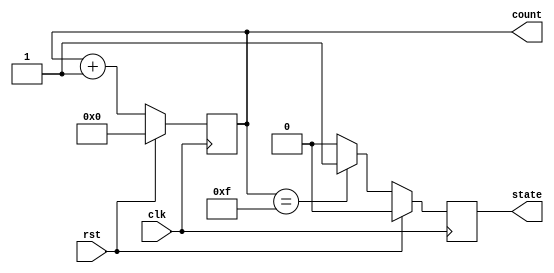
module reset_condition_example (
    input wire clk,         // Clock signal
    input wire rst,         // Reset signal (active high)
    output reg [3:0] count, // 4-bit counter
    output reg state        // State variable (0: IDLE, 1: ACTIVE)
);

// State encoding
localparam IDLE = 1'b0;
localparam ACTIVE = 1'b1;

// Synchronous reset logic
always @(posedge clk) begin
    if (rst) begin
        // Reset condition: initialize registers
        count <= 4'b0000;    // Set counter to zero
        state <= IDLE;       // Set state to IDLE
    end else begin
        // Normal operation
        count <= count + 1;  // Increment counter
        // Example state transition
        if (count == 4'b1111) begin
            state <= ACTIVE;  // Transition to ACTIVE state
        end else begin
            state <= IDLE;    // Remain in IDLE state
        end
    end
end

endmodule